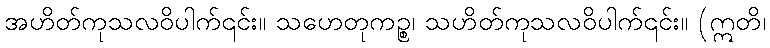
အဟိတ်ကုသလဝိပါက်၎င်း။ သဟေတုကဉ္စ၊ သဟိတ်ကုသလဝိပါက်၎င်း။ (ဣတိ၊